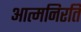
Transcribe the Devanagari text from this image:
आत्मनिरति